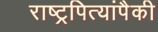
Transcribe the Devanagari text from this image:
राष्ट्रपित्यांपैकी